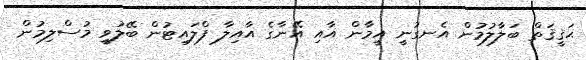
ޙަޤީޤަތް ބަލާލުމުން އެނގުނީ އީމާން އާއި އޭނާގެ އާއިލާ ފްލައިޓުން ބޭލުވީ މުސްލިމުން